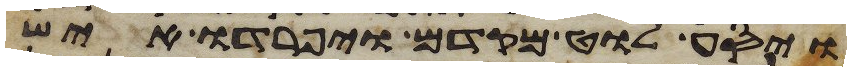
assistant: ויסע לוט מקדם ויפרדו איש